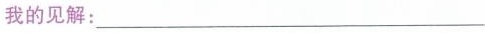
我的见解：___